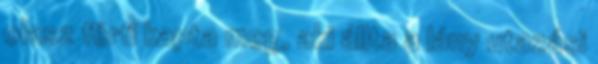
olasz férfi kapta meg, aki állta a lány utazási